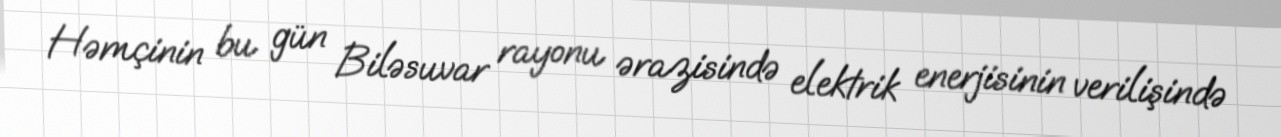
Həmçinin bu gün Biləsuvar rayonu ərazisində elektrik enerjisinin verilişində